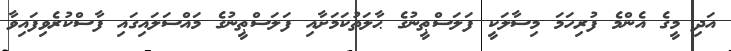
އަދި މީގެ އެންމެ ފުރިހަމަ މިސާލަކީ ފަލަސްޠީނުގެ ޙާލަތުކަމަށާއި ފަލަސްޠީނުގެ މައްސަލައިގައި ފާސްކުރެވިފައިވާ